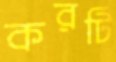
করটি